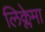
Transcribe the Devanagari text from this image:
लिक्लेमा